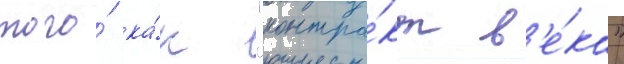
того́ ка́к "контра́кт в'е́ка"